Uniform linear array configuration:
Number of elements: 48
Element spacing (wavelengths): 0.25
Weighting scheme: hann
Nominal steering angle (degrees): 45
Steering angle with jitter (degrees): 44.678
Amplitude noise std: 0.05
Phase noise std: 0.05

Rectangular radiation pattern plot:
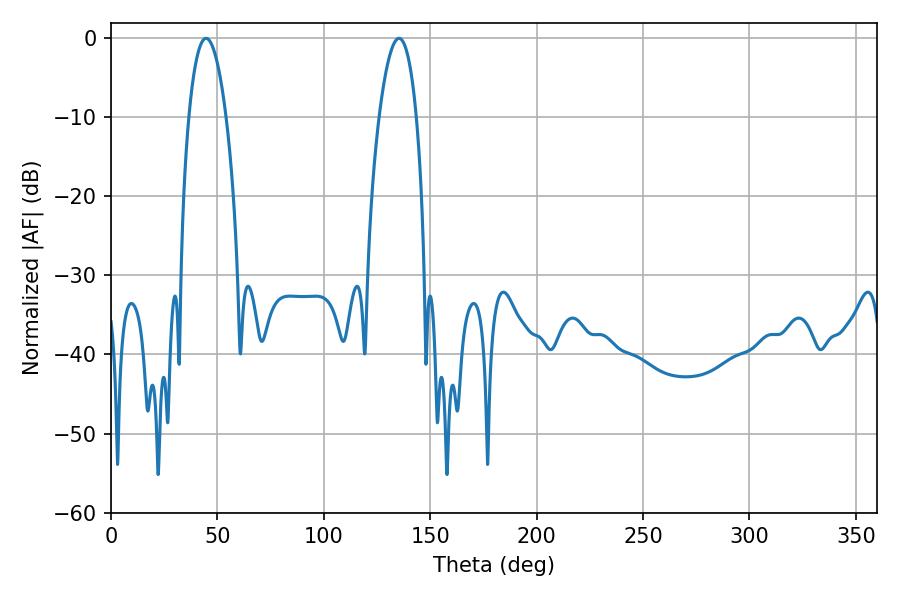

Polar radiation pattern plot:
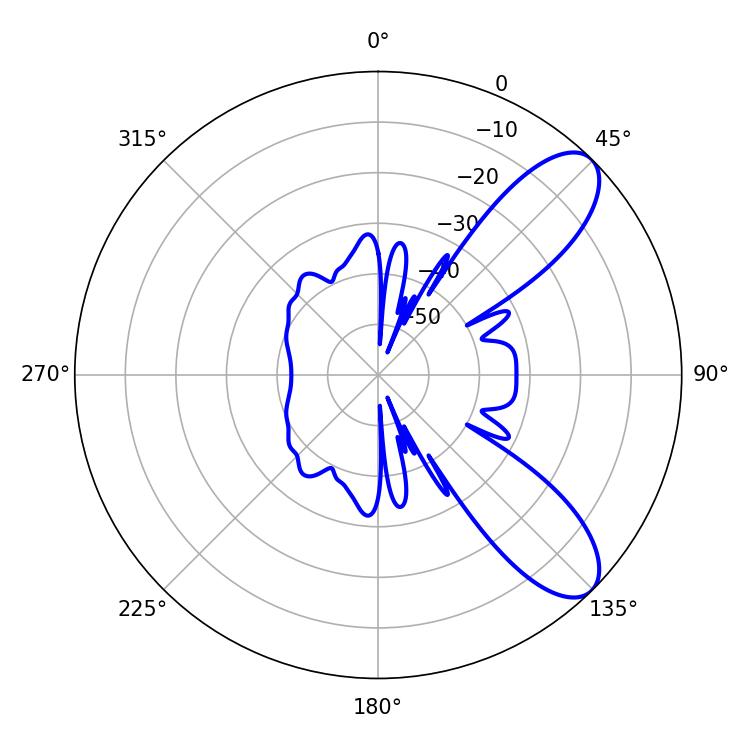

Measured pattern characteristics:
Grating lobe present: FALSE
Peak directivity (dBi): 8.922
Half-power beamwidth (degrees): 9.72
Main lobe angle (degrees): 44.64